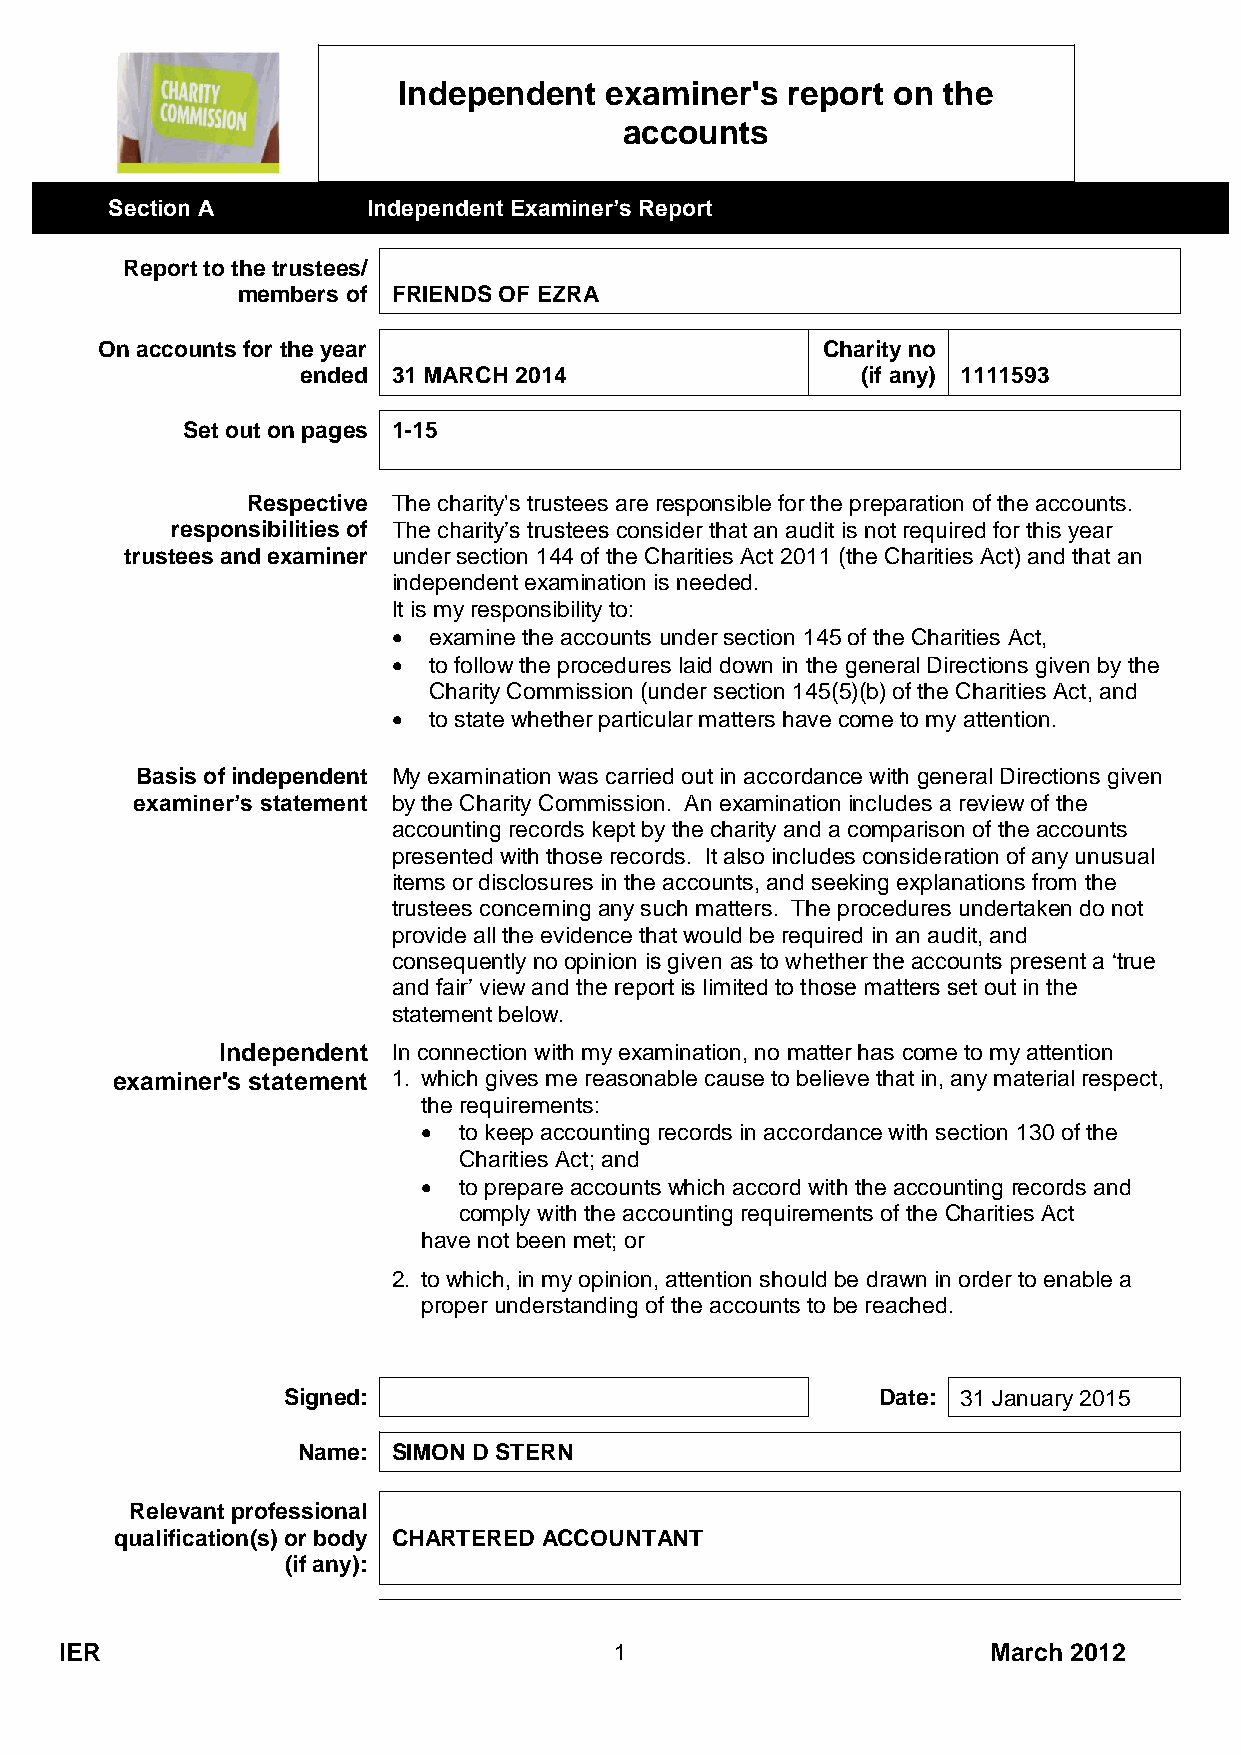
Independent   examiner's  report on the
 accounts
 Section A        Independent Examiner’s Report
 Report to the trustees/
 members of FRIENDS OF EZRA
 On accounts for the year                        Charity no
 ended 31 MARCH 2014                  (if any) 1111593
 Set out on pages 1-15
 Respective The charity's trustees are responsible for the preparation of the accounts.
 responsibilities of The charity’s trustees consider that an audit is not required for this year
 trustees and examiner under section 144 of the Charities Act 2011 (the Charities Act) and that an
 independent examination is needed.
 It is my responsibility to:
  examine the accounts under section 145 of the Charities Act,
  to follow the procedures laid down in the general Directions given by the
 Charity Commission (under section 145(5)(b) of the Charities Act, and
  to state whether particular matters have come to my attention.
 Basis of independent My examination was carried out in accordance with general Directions given
 examiner’s statement by the Charity Commission. An examination includes a review of the
 accounting records kept by the charity and a comparison of the accounts
 presented with those records. It also includes consideration of any unusual
 items or disclosures in the accounts, and seeking explanations from the
 trustees concerning any such matters. The procedures undertaken do not
 provide all the evidence that would be required in an audit, and
 consequently no opinion is given as to whether the accounts present a ‘true
 and fair’ view and the report is limited to those matters set out in the
 statement below.
 Independent In connection with my examination, no matter has come to my attention
 examiner's statement 1. which gives me reasonable cause to believe that in, any material respect,
 the requirements:
  to keep accounting records in accordance with section 130 of the
 Charities Act; and
  to prepare accounts which accord with the accounting records and
 comply with the accounting requirements of the Charities Act
 have not been met; or
 2. to which, in my opinion, attention should be drawn in order to enable a
 proper understanding of the accounts to be reached.
 Signed:                                Date: 31 January 2015
 Name: SIMON D STERN
 Relevant professional
 qualification(s) or body CHARTERED ACCOUNTANT
 (if any):
 IER                                  1                        March 2012